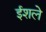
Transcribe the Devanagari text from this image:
ईशले